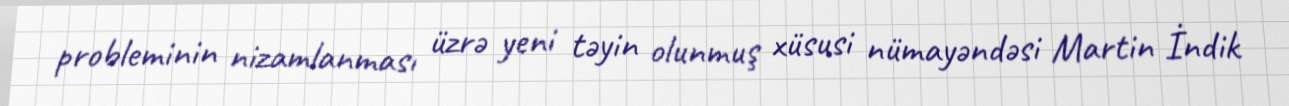
probleminin nizamlanması üzrə yeni təyin olunmuş xüsusi nümayəndəsi Martin İndik